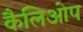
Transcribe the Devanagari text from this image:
कैलिओप